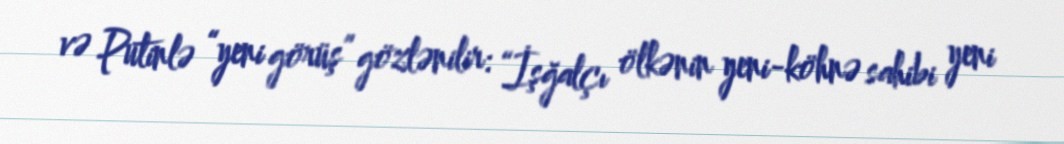
və Putinlə “yeni görüş” gözlənilir: “İşğalçı ölkənin yeni-köhnə sahibi yeni